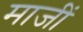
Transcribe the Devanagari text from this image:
माजीं